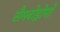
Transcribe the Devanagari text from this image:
सैमबोड्रोमो